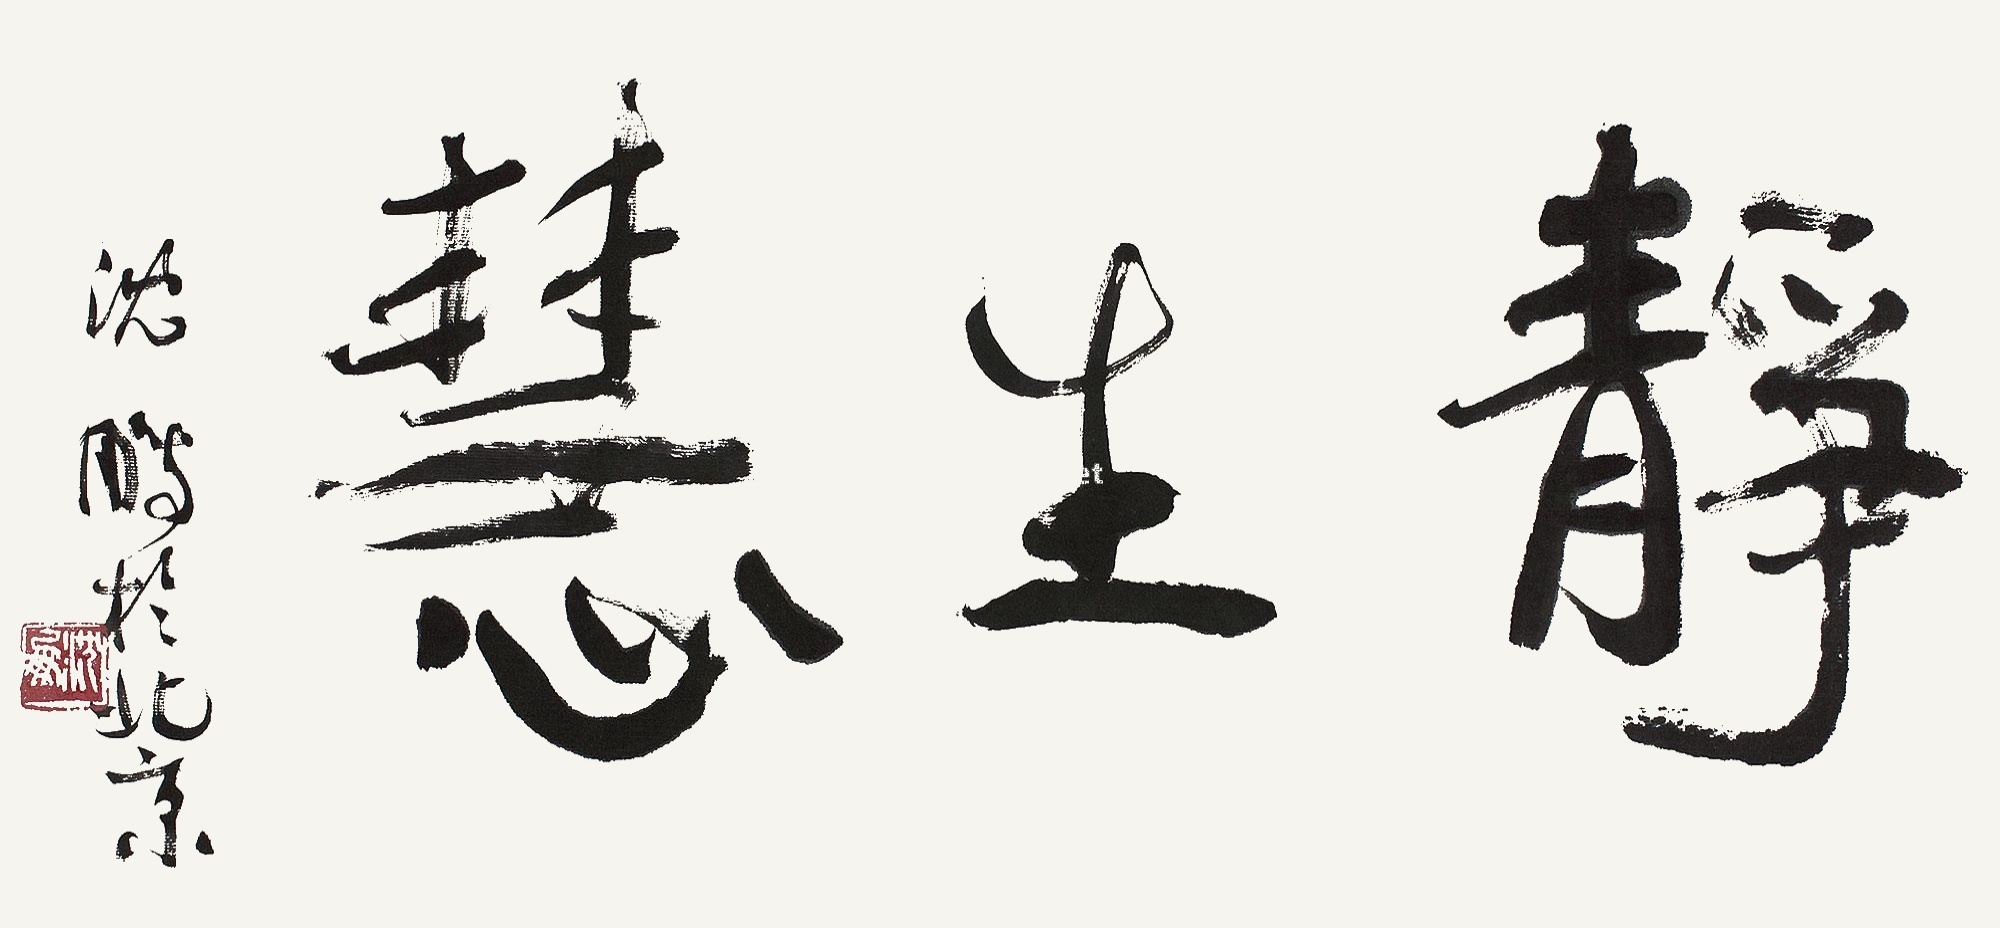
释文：静生慧沈鹏于北京。